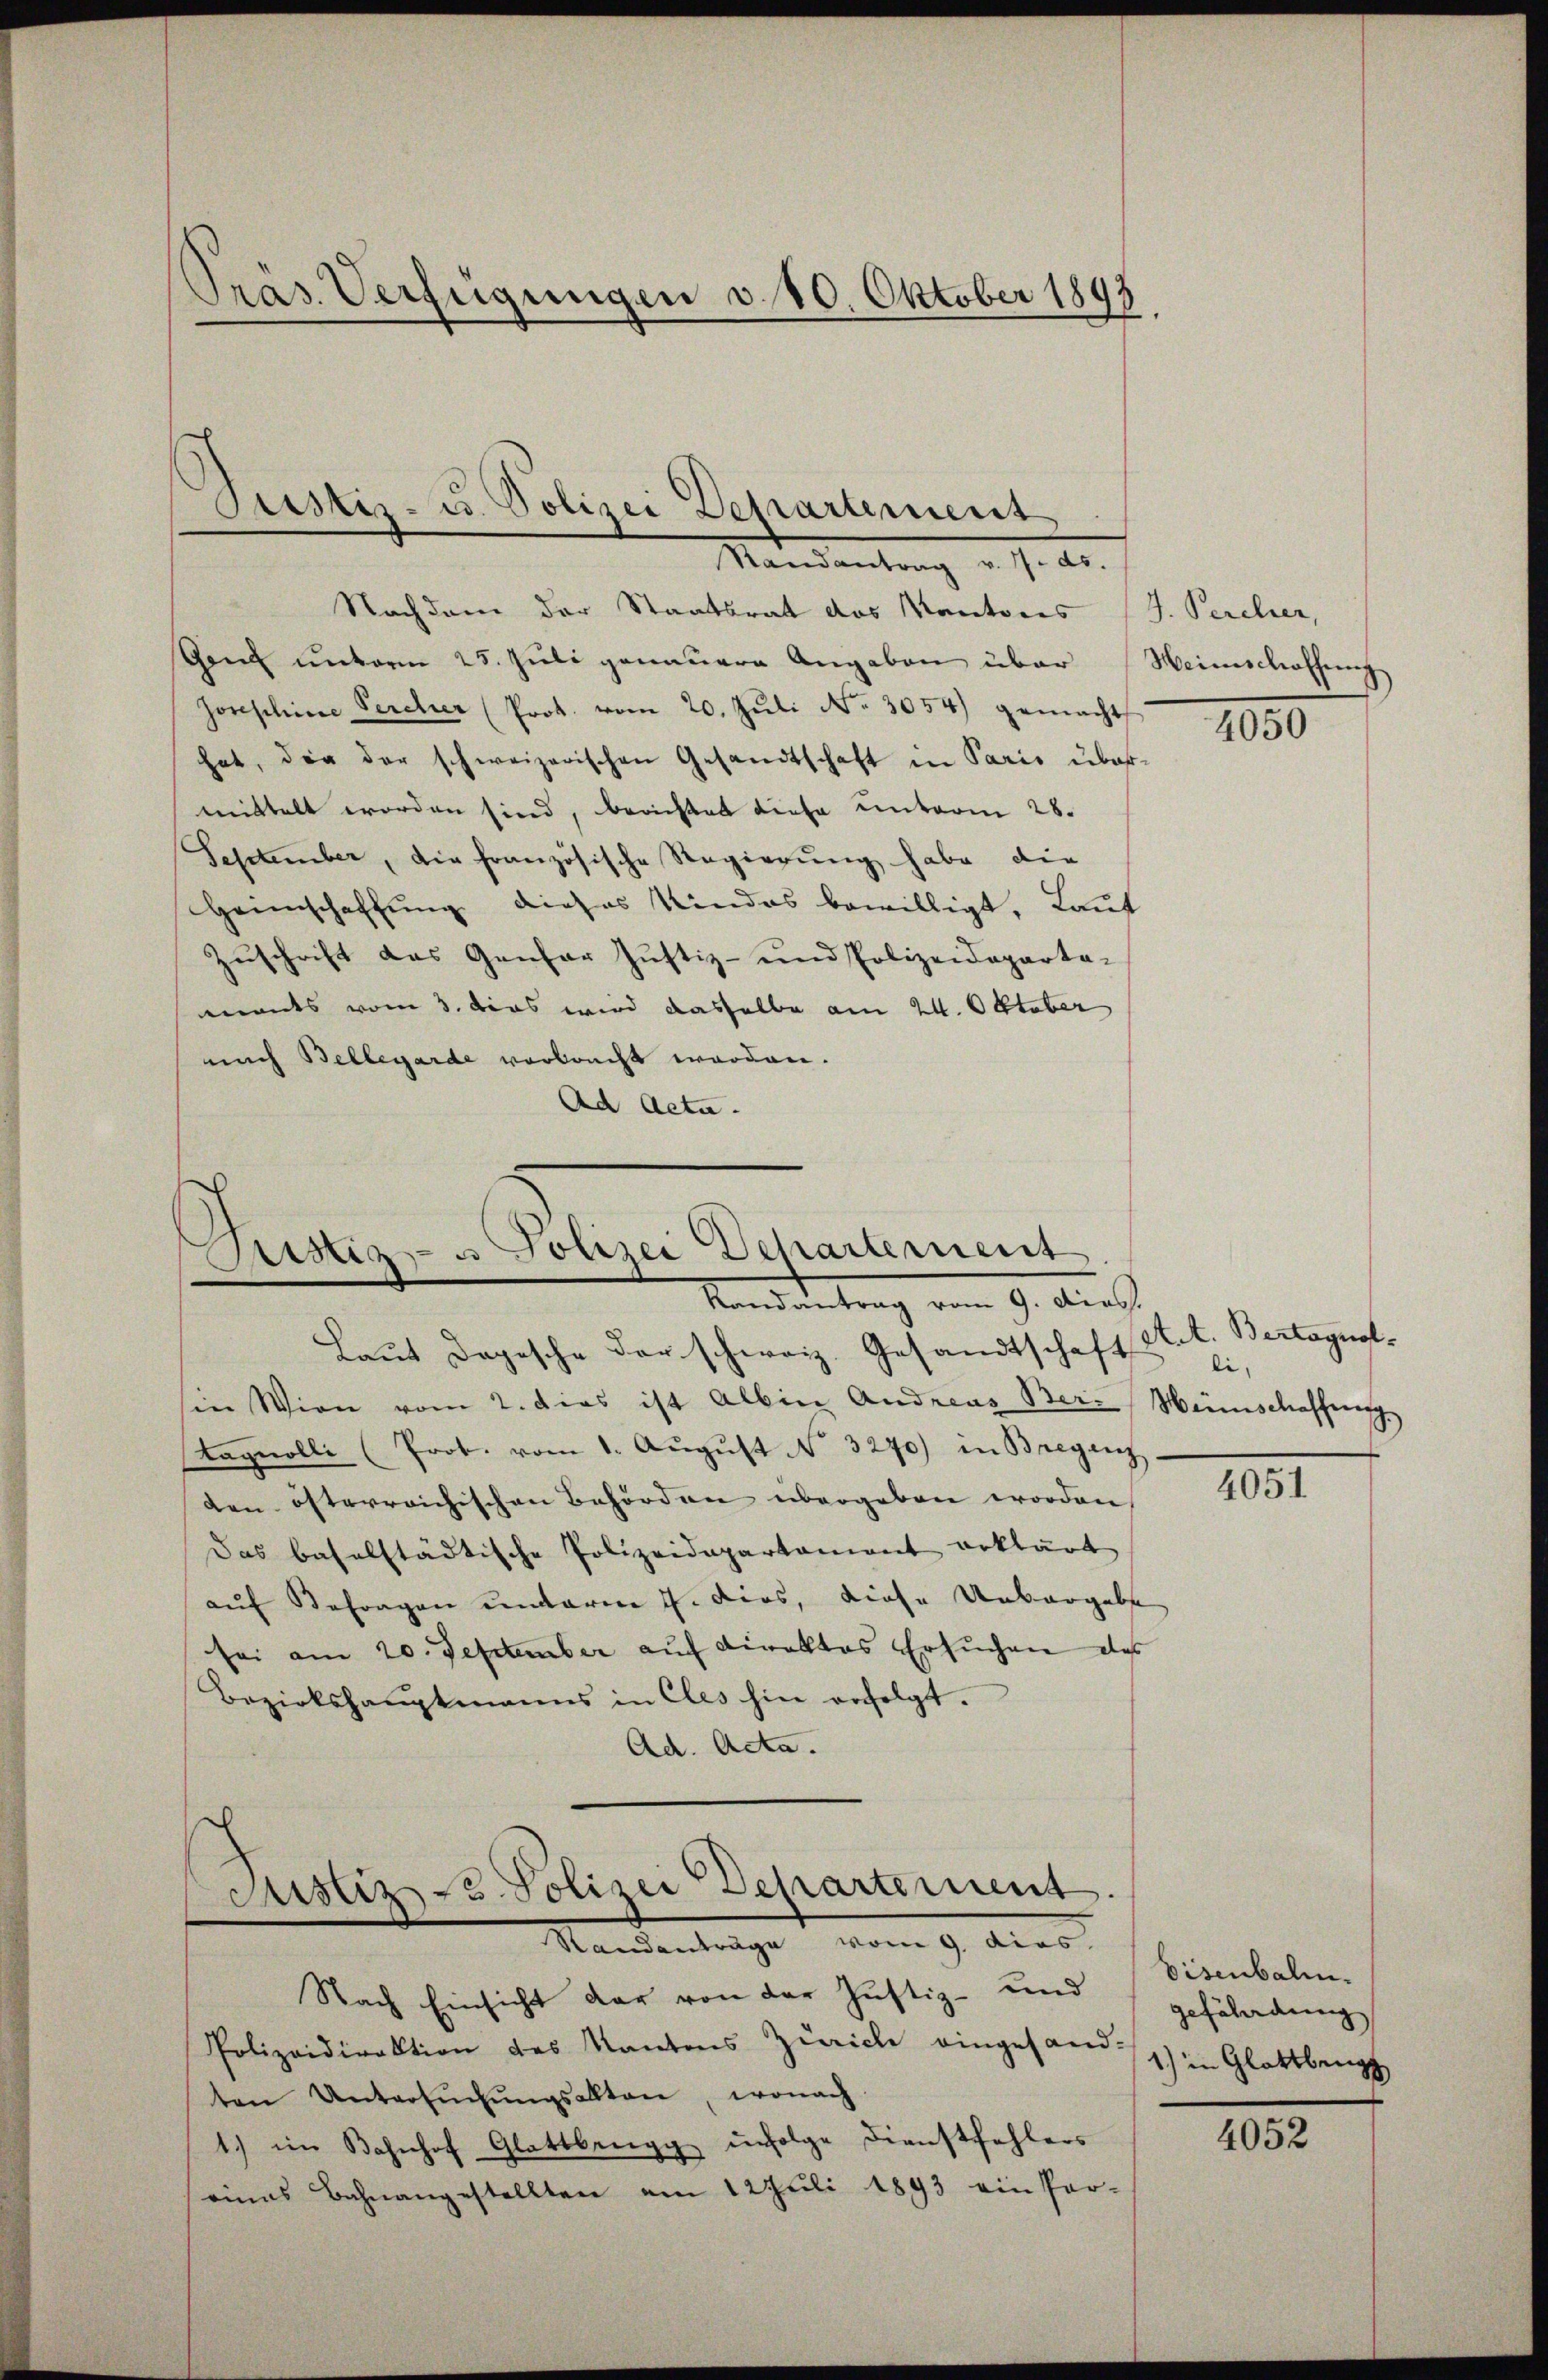
Präs. Verfügungen d. 10. Oktober 1897

Justiz- u. Polizei Departement
Mandantung d. J. A.

Justiz- u. Polizei Departement
Mandantrag vom 9. Aus

Laut Depesche der schweiz. Gesandtschaft
sie Wien vom 2. dies ist Albin Andreas Ber- Menschaffung
tagnolli (Prot. vom 1. Aŭgŭst No. 3270) in Bregen
den österreichischen Behörden übergeben worden,
Das baselstädtische Polizeidepartament erklärt
auf Befragen undarme u. dies, diese Unbergebe
sei am 20. September auf Direktes Ersuchen des
Bezirkshauptmanns in cles hin erfolgt.
Ad. Acta.

Justiz - Polizei Departement.
Standentrage vom 9. dies

Nachdem der Staatsrat des Kantons (J. Percher,
Gon unterm 25. Jŭli genauere Angaben über Weinschaffung
Jorschine Percher (Prot. vom 20. Jŭli No 3054) gemacht
hat, die der schweizerischen Gesandtschaft in Paris über-
mittelt worden sind, berichtet diese unterm 28.
September, die französische Regierung habe die
Heimschaffung dieses Kindes bewilligt. Lauf
Zuschrift das Genfer Justiz- und Polizeideparta-
mants vom 3. dies wird dasselbe am 24. Oktober
nach Bellegarde vorlacht worden.
Ad Acta.

Nach Einsicht dar von der Justiz- und
Polizeidirektion des Kantons Zürich eingesandten Untersŭchŭngsalten, wonach
1.) im Bahnhof Glattbergg infolge Dienstfehlers
eines Bahnangestellten am 12 Juli 1893 ein Par-

1050

Act. Bertagnol
li,

4051

Eisenbalen.
gefährdung
1) in Glattberg

4052